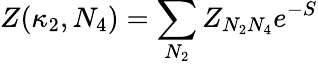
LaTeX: Z(\kappa_{2},N_{4})=\sum_{N_{2}}Z_{N_{2}N_{4}}e^{-S}